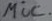
Text: mic